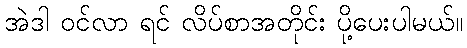
အဲဒါ ဝင်လာ ရင် လိပ်စာအတိုင်း ပို့ပေးပါမယ်။